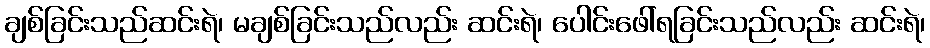
ချစ်ခြင်းသည်ဆင်းရဲ၊ မချစ်ခြင်းသည်လည်း ဆင်းရဲ၊ ပေါင်းဖေါ်ရခြင်းသည်လည်း ဆင်းရဲ၊